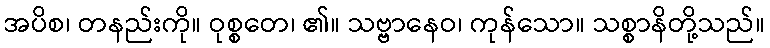
အပိစ၊ တနည်းကို။ ဝုစ္စတေ၊ ၏။ သဗ္ဗာနေဝ၊ ကုန်သော။ သစ္စာနိတို့သည်။